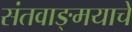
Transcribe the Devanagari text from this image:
संतवाङ्‌मयाचे